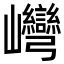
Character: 𡿞